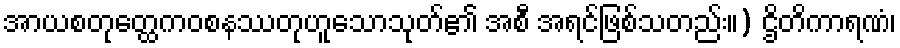
အာယစတုတ္ထေကဝစနဿတုဟူသောသုတ်၏ အစီ အရင်ဖြစ်သတည်း။) ဌိတိကာရဏံ၊